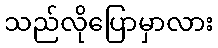
သည်လိုပြောမှာလား